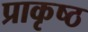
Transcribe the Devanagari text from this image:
प्राकृष्ठ